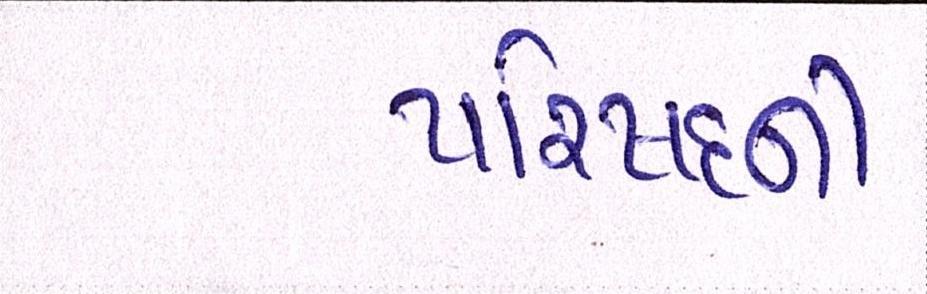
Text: પરિષદની